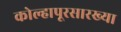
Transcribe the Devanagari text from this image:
कोल्हापूरसारख्या